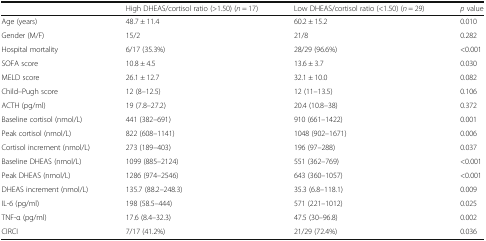
|  | High DHEAS/cortisol ratio (>1.50) (n = 17) | Low DHEAS/cortisol ratio (<1.50) (n = 29) | p value |
 | --- | --- | --- | --- |
 | Age (years) | 48.7 ± 11.4 | 60.2 ± 15.2 | 0.010 |
 | Gender (M/F) | 15/2 | 21/8 | 0.282 |
 | Hospital mortality | 6/17 (35.3%) | 28/29 (96.6%) | <0.001 |
 | SOFA score | 10.8 ± 4.5 | 13.6 ± 3.7 | 0.030 |
 | MELD score | 26.1 ± 12.7 | 32.1 ± 10.0 | 0.082 |
 | Child–Pugh score | 12 (8–12.5) | 12 (11–13.5) | 0.106 |
 | ACTH (pg/ml) | 19 (7.8–27.2) | 20.4 (10.8–38) | 0.372 |
 | Baseline cortisol (nmol/L) | 441 (382–691) | 910 (661–1422) | 0.001 |
 | Peak cortisol (nmol/L) | 822 (608–1141) | 1048 (902–1671) | 0.006 |
 | Cortisol increment (nmol/L) | 273 (189–403) | 196 (97–288) | 0.037 |
 | Baseline DHEAS (nmol/L) | 1099 (885–2124) | 551 (362–769) | <0.001 |
 | Peak DHEAS (nmol/L) | 1286 (974–2546) | 643 (360–1057) | <0.001 |
 | DHEAS increment (nmol/L) | 135.7 (88.2–248.3) | 35.3 (6.8–118.1) | 0.009 |
 | IL-6 (pg/ml) | 198 (58.5–444) | 571 (221–1012) | 0.025 |
 | TNF-α (pg/ml) | 17.6 (8.4–32.3) | 47.5 (30–96.8) | 0.002 |
 | CIRCI | 7/17 (41.2%) | 21/29 (72.4%) | 0.036 |